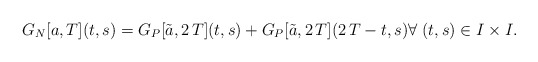
\begin{align*}G_N[a,T](t,s)=G_P[\tilde a,2\,T](t,s)+G_P[\tilde a,2\,T](2\,T-t,s) \forall \; (t,s)\in I \times I.\end{align*}